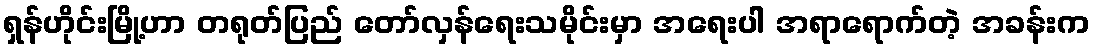
ရှန်ဟိုင်းမြို့ဟာ တရုတ်ပြည် တော်လှန်ရေးသမိုင်းမှာ အရေးပါ အရာရောက်တဲ့ အခန်းက